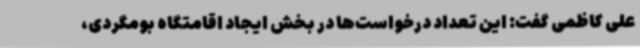
علی کاظمی گفت: این تعداد درخواست‌ها در بخش ایجاد اقامتگاه بومگردی،